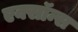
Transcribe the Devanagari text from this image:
एक्सॉन्स